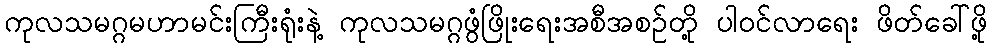
ကုလသမဂ္ဂမဟာမင်းကြီးရုံးနဲ့ ကုလသမဂ္ဂဖွံဖြိုးရေးအစီအစဉ်တို့ ပါဝင်လာရေး ဖိတ်ခေါ်ဖို့